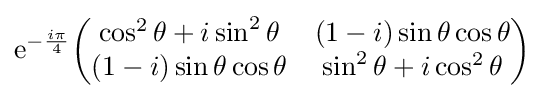
{\rm {e}}^{-{\frac {i\pi }{4}}}{\begin{pmatrix}\cos ^{2}\theta +i\sin ^{2}\theta &(1-i)\sin \theta \cos \theta \\(1-i)\sin \theta \cos \theta &\sin ^{2}\theta +i\cos ^{2}\theta \end{pmatrix}}